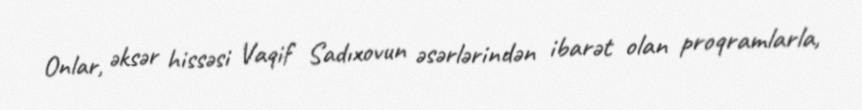
Onlar, əksər hissəsi Vaqif Sadıxovun əsərlərindən ibarət olan proqramlarla,